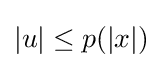
|u|\leq p(|x|)